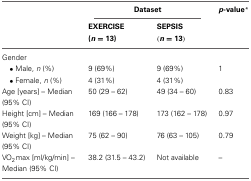
<table><thead><tr><td></td><td colspan="2"><b>Dataset</b></td><td><b><i>p</i>-value<sup>*</sup></b></td></tr><tr><td></td><td><b>EXERCISE (<i>n</i> = 13)</b></td><td><b>SEPSIS (<i>n</i> = 13)</b></td><td></td></tr></thead><tbody><tr><td>Gender</td><td></td><td></td><td></td></tr><tr><td>• Male, <i>n</i> (%)</td><td>9 (69%)</td><td>9 (69%)</td><td>1</td></tr><tr><td>• Female, <i>n</i> (%)</td><td>4 (31%)</td><td>4 (31%)</td><td></td></tr><tr><td>Age [years] – Median (95% CI)</td><td>50 (29 – 62)</td><td>49 (34 – 60)</td><td>0.83</td></tr><tr><td>Height [cm] – Median (95% CI)</td><td>169 (166 – 178)</td><td>173 (162 – 178)</td><td>0.97</td></tr><tr><td>Weight [kg] – Median (95% CI)</td><td>75 (62 – 90)</td><td>76 (63 – 105)</td><td>0.79</td></tr><tr><td>VO<sub>2</sub>max [ml/kg/min] – Median (95% CI)</td><td>38.2 (31.5 – 43.2)</td><td>Not available</td><td>–</td></tr></tbody></table>